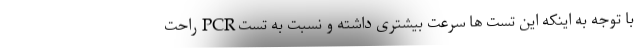
با توجه به اینکه این تست ها سرعت بیشتری داشته و نسبت به تست PCR راحت